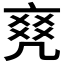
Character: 𠅫